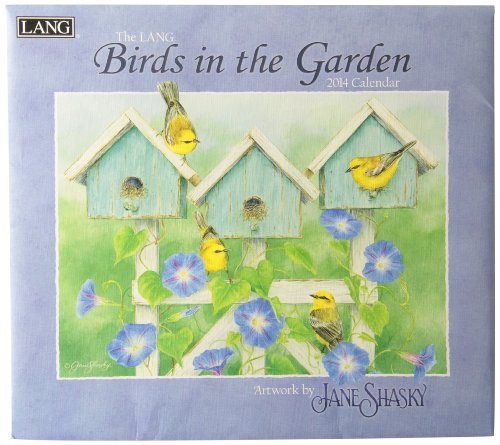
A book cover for Birds in the Garden 2014 Calendar; Calendars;